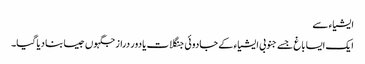
ایشیاء سے
ایک ایسا باغ جسے جنوبی ایشیاء کے جادوئی جنگلات یا دور دراز جگہوں جیسا بنا دیا گیا۔